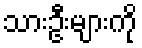
သားဦးများကို